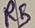
Text: R5